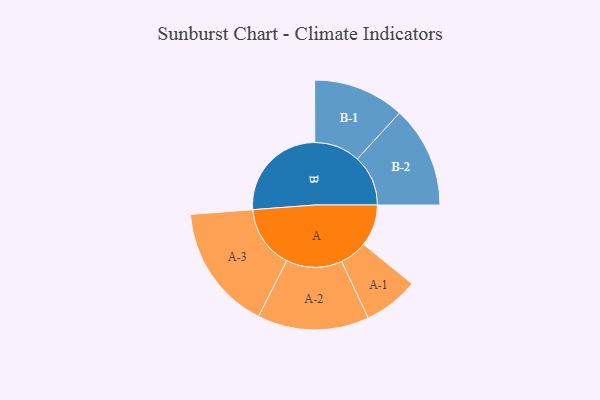
{"axis": {"x": "Segment", "y": "Value"}, "legend": ["", "A", "B"], "data": [{"x": "A", "y": 158, "type": ""}, {"x": "B", "y": 381, "type": ""}, {"x": "A-1", "y": 104, "type": "A"}, {"x": "A-2", "y": 211, "type": "A"}, {"x": "A-3", "y": 238, "type": "A"}, {"x": "B-1", "y": 173, "type": "B"}, {"x": "B-2", "y": 192, "type": "B"}]}